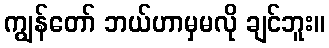
ကျွန်တော် ဘယ်ဟာမှမလို ချင်ဘူး။